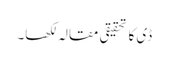
ڈی کا تحقیقی مقالہ لکھا۔